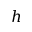
h